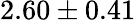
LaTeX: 2.60\pm 0.41